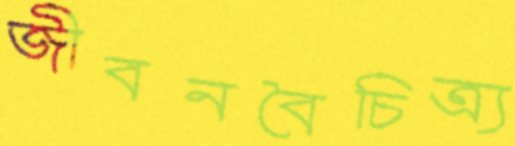
জীবনবৈচিত্র্য